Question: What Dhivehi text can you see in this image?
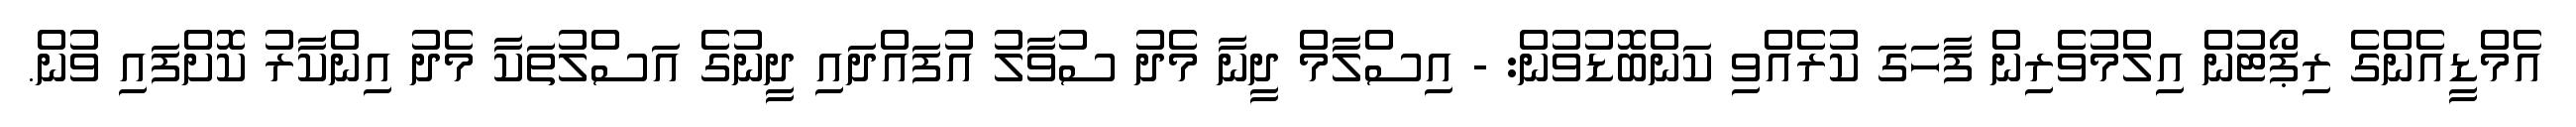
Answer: އެމްޑީއެންގެ ރިޕޯޓުން އިލްމުވެރިން ފާހަގަ ކުރެއްވި ކަންބޮޑުވުން: - އިސްލާމް ދީނާ މެދު ސުވާލު އުފައްދައި ދީނުގެ އަސްލުތަކާ މެދު އިންކާރު ކޮށްފައި ވުން.